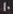
10